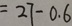
= 2 7 - 0 . 6